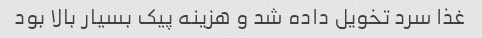
غذا سرد تخویل داده شد و هزینه پیک بسیار بالا بود